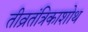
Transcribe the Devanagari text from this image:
तीव्रतंत्रिकाशोथ